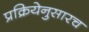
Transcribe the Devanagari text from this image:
प्रक्रियेनुसारच